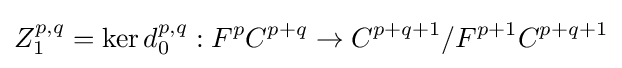
Z_{1}^{p,q}=\ker d_{0}^{p,q}:F^{p}C^{p+q}\rightarrow C^{p+q+1}/F^{p+1}C^{p+q+1}